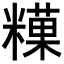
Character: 𥼧